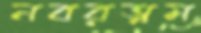
নবরত্নম